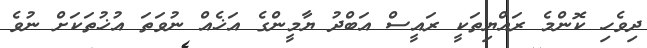
ދިވެހި ކޮންމެ ރައްޔިތަކީ ރައީސް އަބްދު ޔާމީންގެ އަޚެއް ނުވަތަ އުޚުތަކަށް ނުވެ